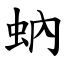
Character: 蚋